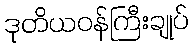
ဒုတိယဝန်ကြီးချုပ်